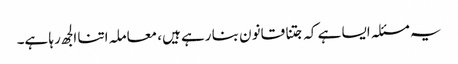
یہ مسئلہ ایسا ہے کہ جتنا قانون بنا رہے ہیں، معاملہ اتنا الجھ رہا ہے۔